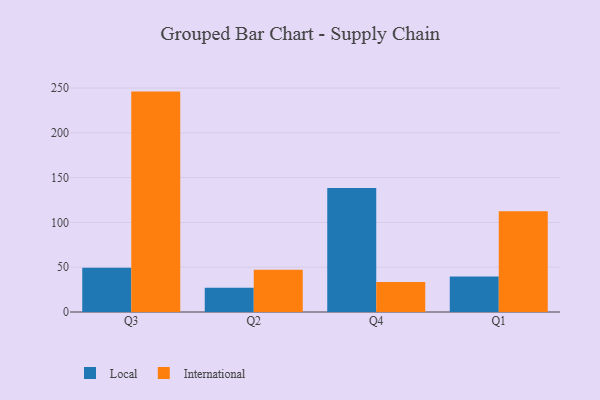
{"axis": {"x": "Quarter", "y": "Net Income (USD K)"}, "legend": ["International", "Local"], "data": [{"x": "Q3", "y": 49.3, "type": "Local"}, {"x": "Q3", "y": 246.0, "type": "International"}, {"x": "Q2", "y": 27.2, "type": "Local"}, {"x": "Q2", "y": 47.1, "type": "International"}, {"x": "Q4", "y": 138.4, "type": "Local"}, {"x": "Q4", "y": 33.4, "type": "International"}, {"x": "Q1", "y": 39.7, "type": "Local"}, {"x": "Q1", "y": 112.4, "type": "International"}]}